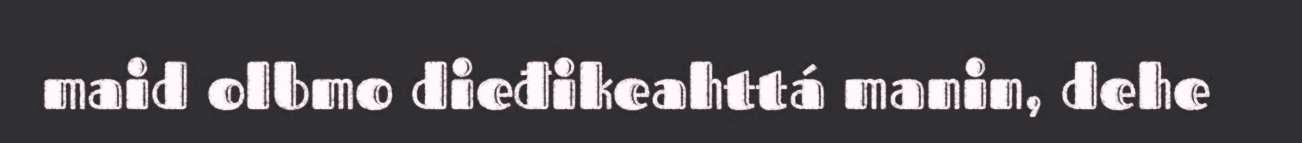
maid olbmo dieđikeahttá manin, dehe